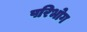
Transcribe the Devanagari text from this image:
परिभोग